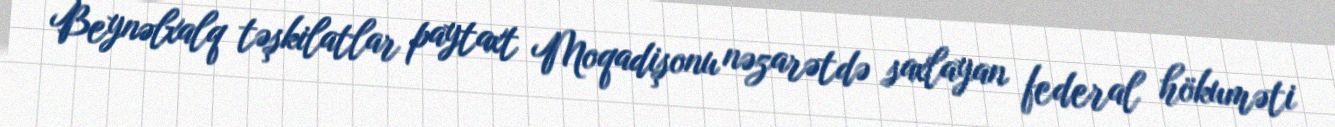
Beynəlxalq təşkilatlar paytaxt Moqadişonu nəzarətdə saxlayan federal hökuməti